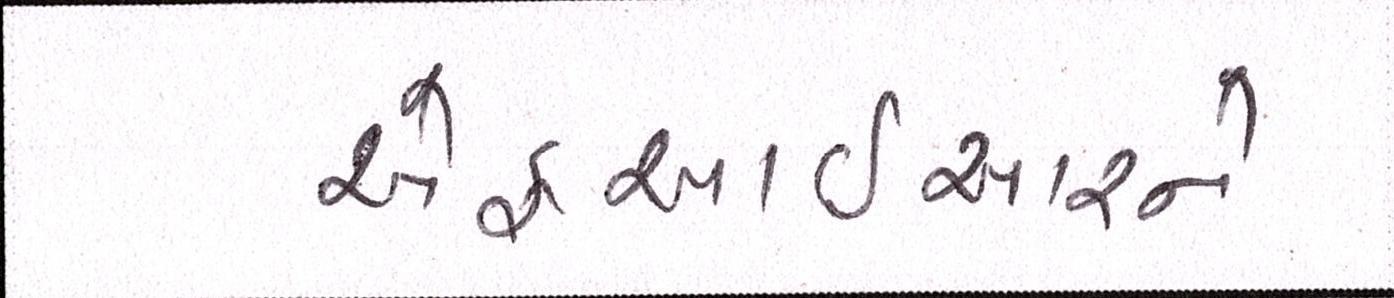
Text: એફઆઈઆરને